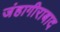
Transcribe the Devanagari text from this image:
जंहागीराबाद